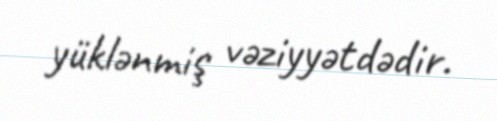
yüklənmiş vəziyyətdədir.